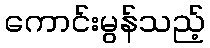
ကောင်းမွန်သည့်